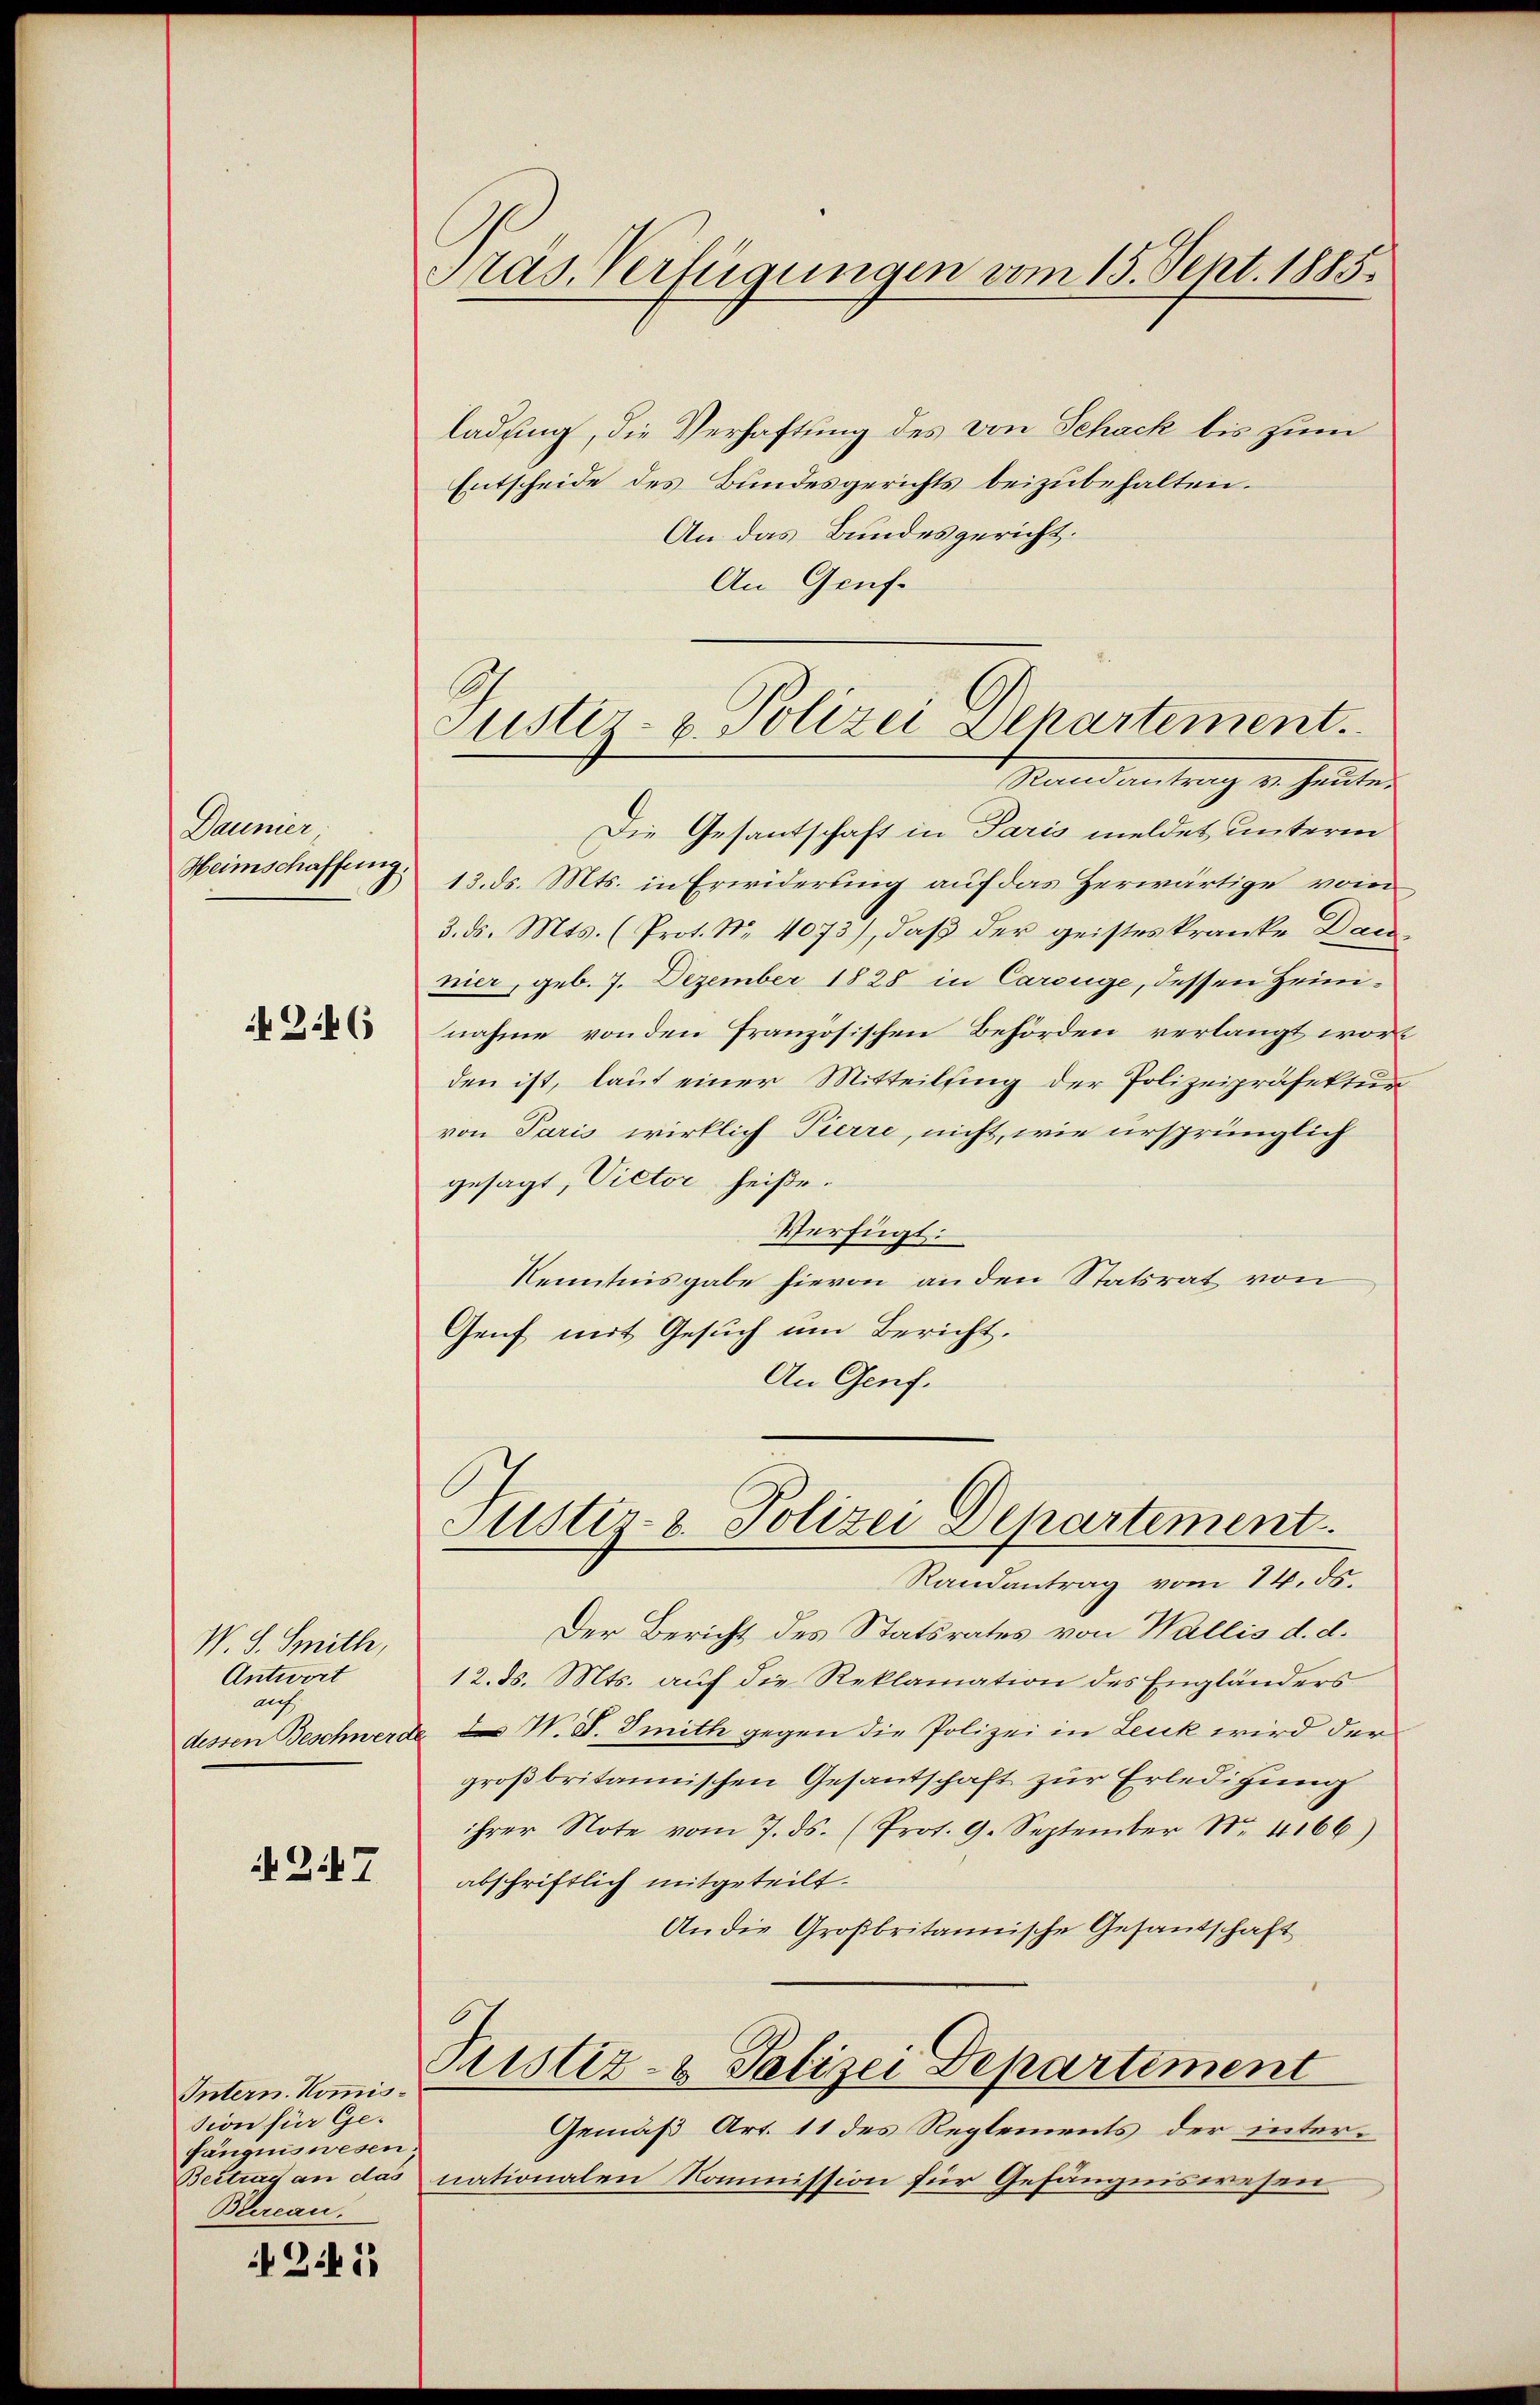
Daunier
Heimschaffung.

8.46

W. S. Smith,
Antwort
auf
dessen Beschwerd

217

Intern. Kommission für Gefängniswesen.
Beitrag an das
Bereau.

N 241

Pras. Verfügungen vom 15. Sept. 1885.

Suster- u. Polizei Departement.
Stand antrag von heute

ladung, die Verhaftung des von Schack bis zum
Entscheide des Bundesgerichts beizubehalten.
An das Bundesgericht.
An Gruf¬
Die Gesantschaft in Paris meldet unterm
13. ds. Mts. in Erwiderung auf das Zerwärtige vom
3. ds. Mts. (Prot. Nr. 4073), daβ der geisteskranke Dan
nier, geb. 7. Dezember 1828 in Carsüge, dessen Heinnahme von den französischen Behörden verlangt worden ist, laut einer Mitteilung der Polizeipräfektur
von Paris wirklich Pierre, nicht, wie ursprünglich
gesagt, Victor heiße.
Verfügt:
Kenntnisgabe hievon an den Statsrat von
Genf mit Gesuch am Bericht.
An Genf.

Justiz- & Polizei Departement

Randantrag vom 14. ds.
Der Bericht des Statsrates von Wallis d. d.
12. ds. Mts. auf die Reklamation des Engländers
N. S. Smith gegen die Polizei in Leuk wird der
großbritannischen Gesantschaft zur Erledigung
ihrer Note vom 7. ds. (Prot. 9. September N. 4166)
abschriftlich mitgeteilt.
An die Großbritannische Gesandschaft
Pustiz- & Polizei Departiment
Gemäß Art. 11 des Reglements der internationalen Kommission für Gefängniswesen